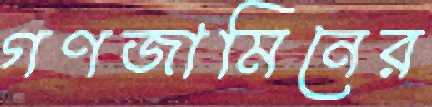
গণজামিনের